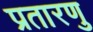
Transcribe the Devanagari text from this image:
प्रतारणु